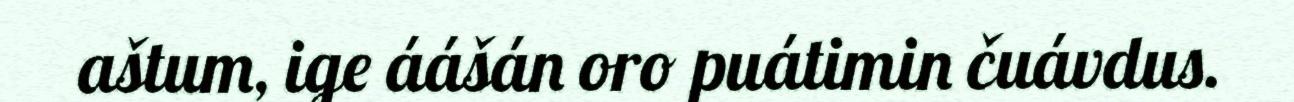
aštum, ige áášán oro puátimin čuávdus.